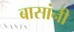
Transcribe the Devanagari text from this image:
बासांनी